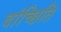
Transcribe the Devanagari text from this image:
वांच्छिति